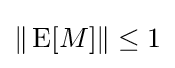
\|\operatorname {E} [M]\|\leq 1